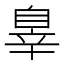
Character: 辠